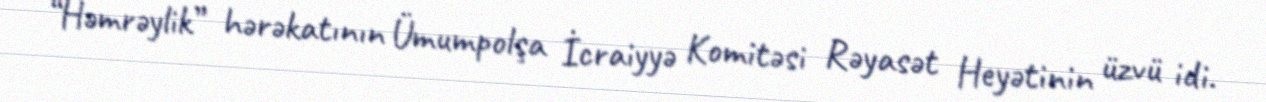
“Həmrəylik” hərəkatının Ümumpolşa İcraiyyə Komitəsi Rəyasət Heyətinin üzvü idi.